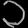
Digit: ၁